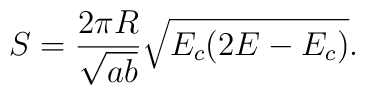
S=\frac{2\pi R}{\sqrt{ab}}\sqrt{E_c(2E-E_c)}.